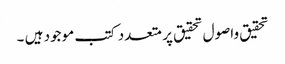
تحقیق واصول تحقیق پر متعدد کتب موجود ہیں ۔